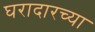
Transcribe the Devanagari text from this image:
घरादारच्या